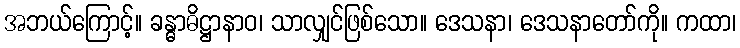
အဘယ်ကြောင့်။ ခန္ဓာဓိဋ္ဌာနာဝ၊ သာလျှင်ဖြစ်သော။ ဒေသနာ၊ ဒေသနာတော်ကို။ ကထာ၊